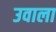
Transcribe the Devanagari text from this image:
उवाला